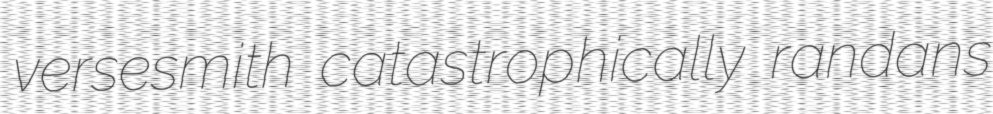
versesmith catastrophically randans